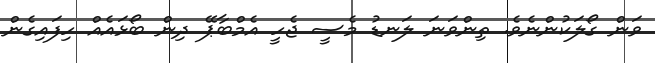
ވަން ގޯލަކުންނެވެ. ތިންވަނަ ލަނޑު މެސީ ޖެހީ އެމްބާޕޭ ދިން ބޯޅައެއް ހިފައިގެން